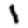
Digit: 1